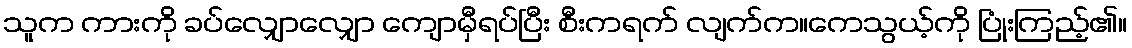
သူက ကားကို ခပ်လျှောလျှော ကျောမှီရပ်ပြီး စီးကရက် လျက်က။ကေသွယ့်ကို ပြုံးကြည့်၏။